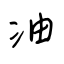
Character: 油